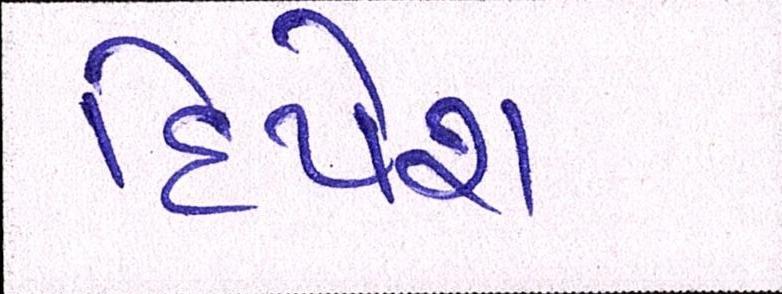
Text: દિપેશ